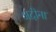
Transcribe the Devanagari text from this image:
अदीना